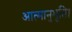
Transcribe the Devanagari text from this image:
आत्मानुभूति।